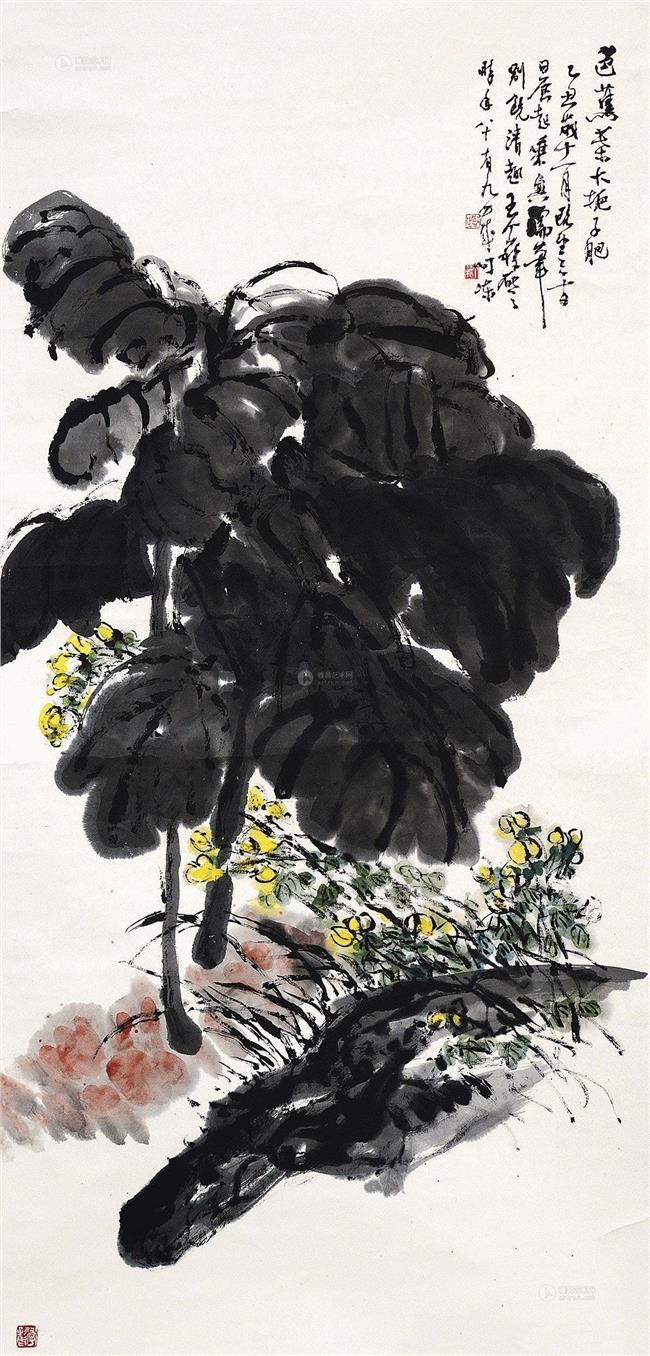
升堂坐阶新雨足，芭蕉叶大栀子肥。